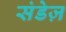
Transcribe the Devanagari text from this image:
संडेज़